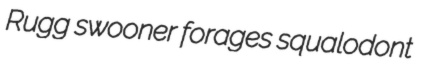
Rugg swooner forages squalodont